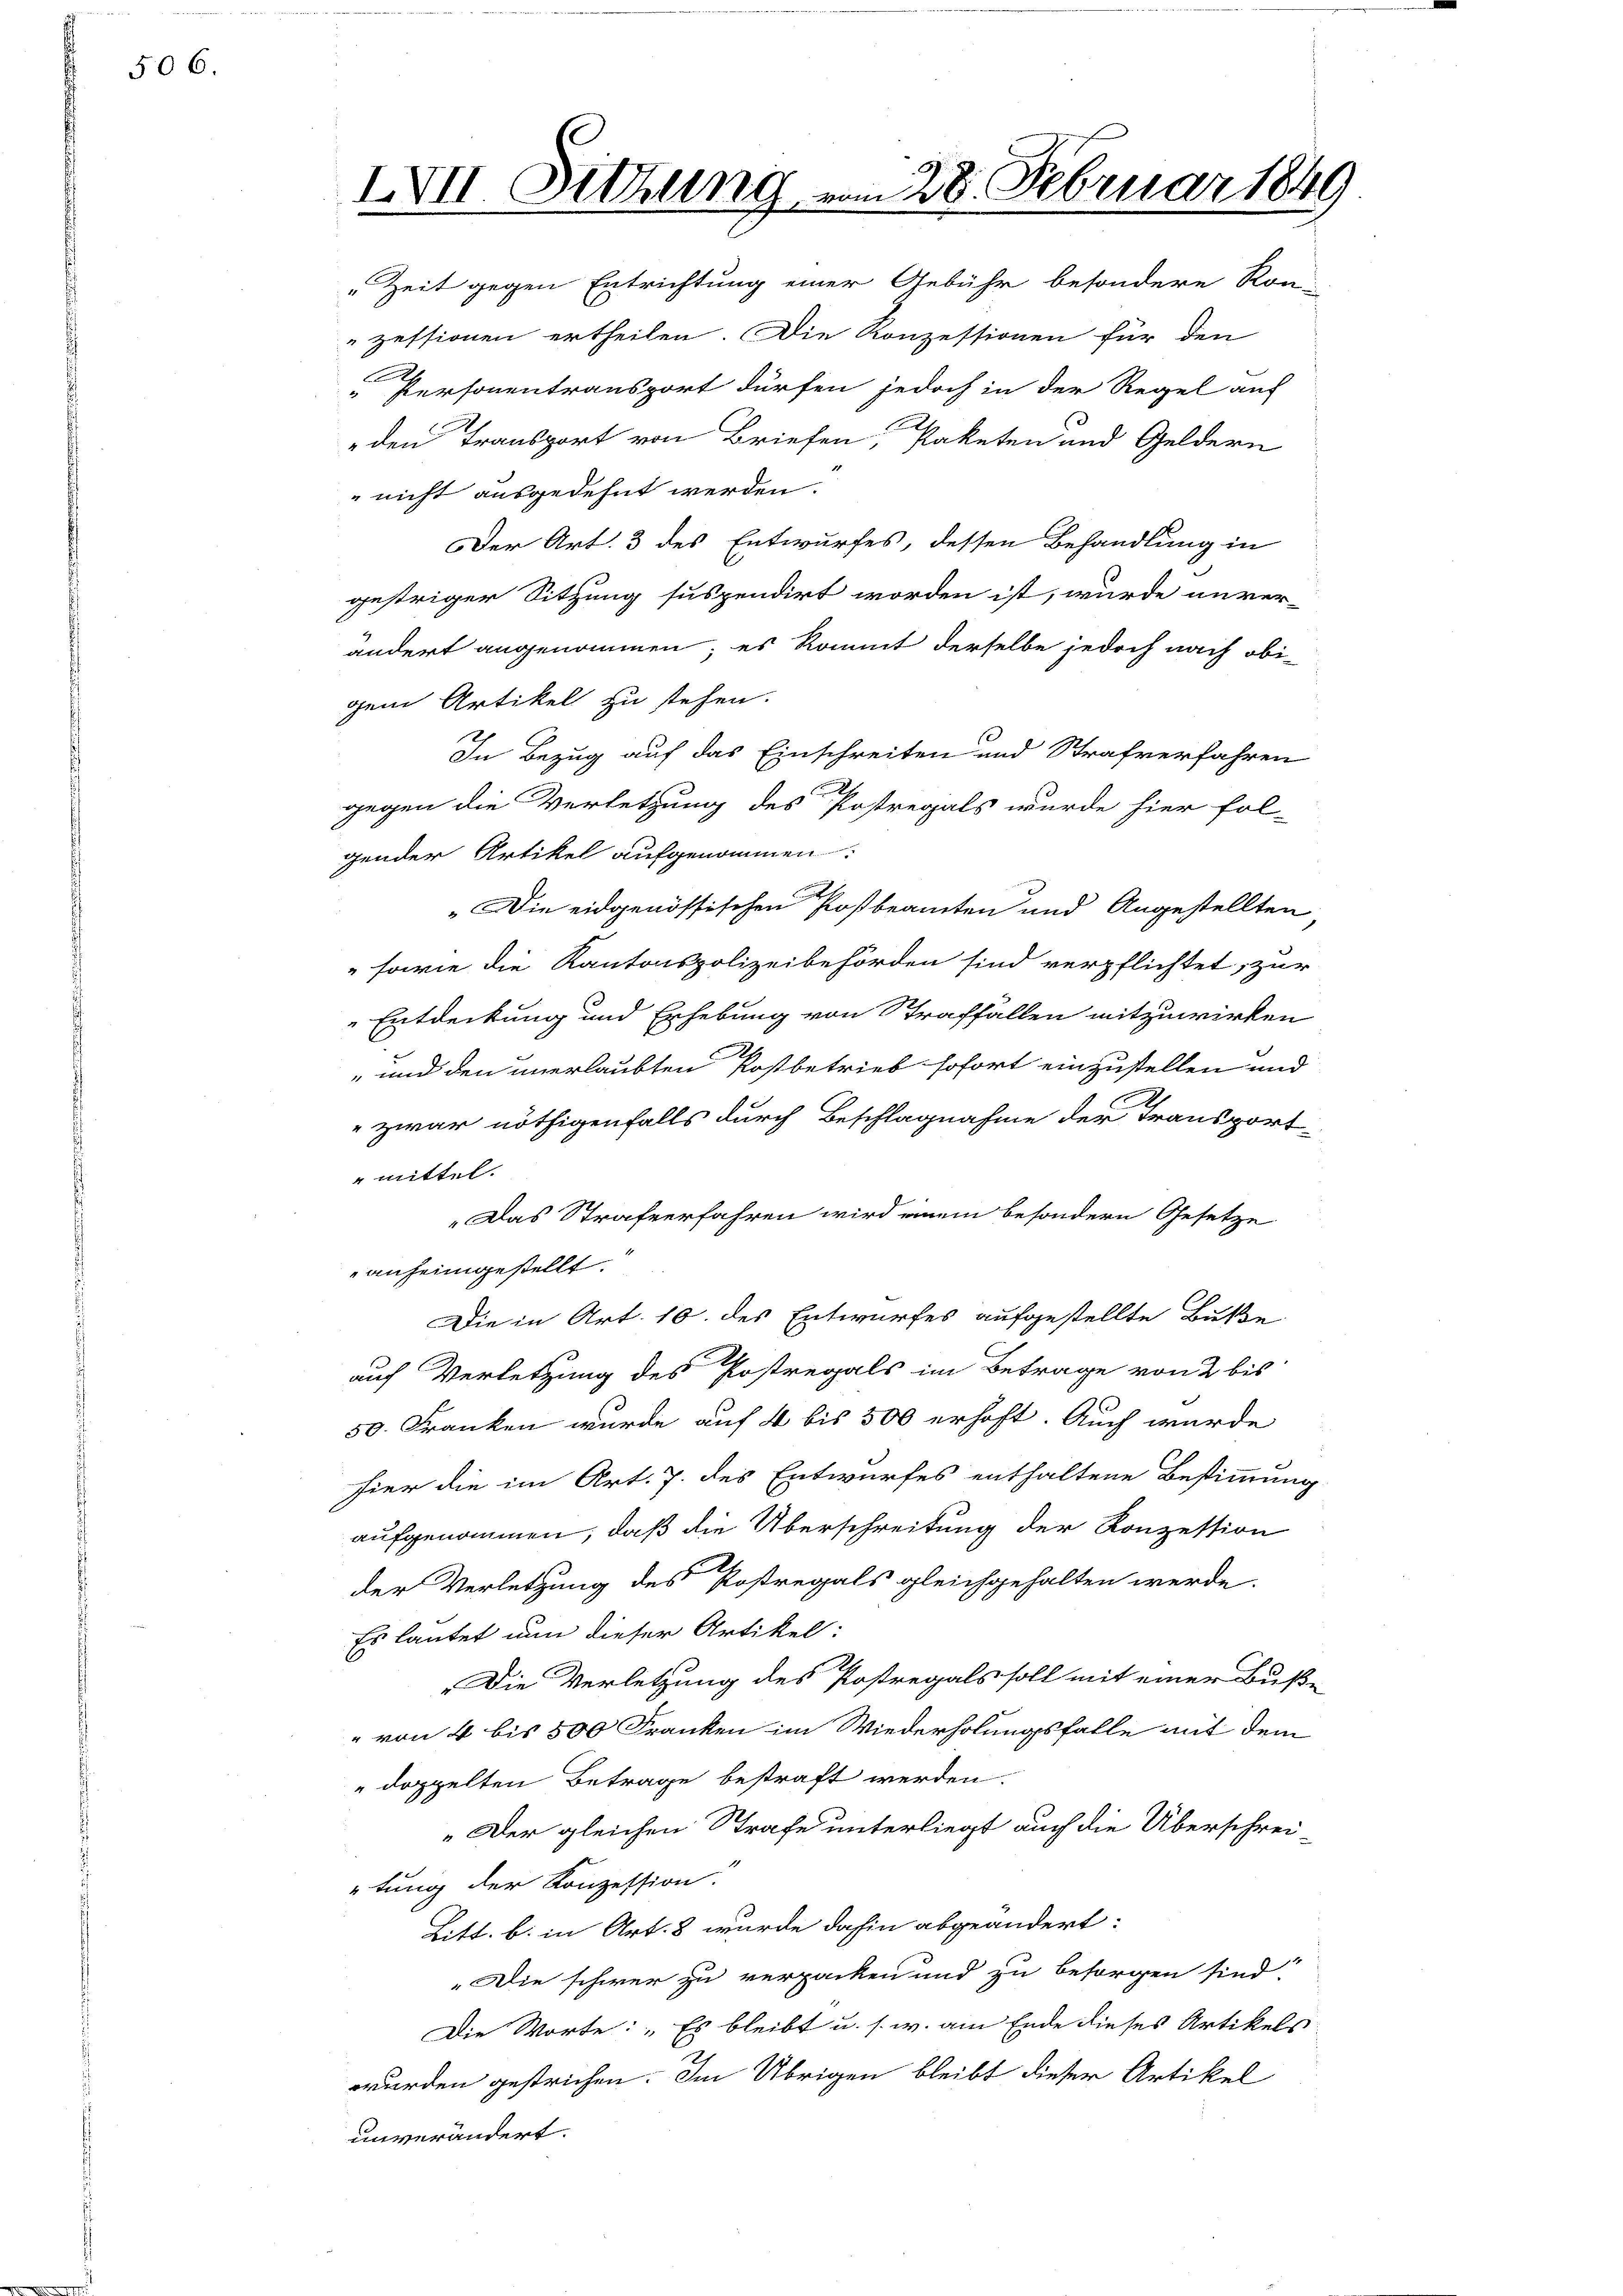
506.

IVII. Sitzung vom 28. Februar 1849

„Zeit gegen Entrichtung einer Gebühr besondere Kon-
zessionen ertheilen. Die Konzessionen für den
2
 Personentransport dürfen jedoch in der Regel auf
e
den Transport von Briefen, Paketen und Geldern
" nicht ausgedehnt werden.
Der Art. 3 des Entwurfes, dessen Behandlung in
gestriger Sitzung suspendirt worden ist, würde unver-
ändert angenommen; es kommt derselbe jedoch nach obigem Artikel zu stehen.
In Bezug auf das Einschreiten und Strafverfahren
.
gegen die Verletzung des Postregals wurde hier fol-
gender Artikel aufgenommen.
„Die eidgenössischen Postbeamten und Angestellten
sowie die Kantonspolizeibehörden sind verpflichtet, zur
Entdeckung und Erhebung von Straffällen mitzuwirken
" und den unerlaubten Postbetrieb sofort einzustellen und
zwar nöthigenfalls durch Beschlagnahme der Transport-
mittel.
„Das Strafverfahren wird einem besondern Gesetze
anheimgestellt.
Die in Art. 10. des Entwurfes aufgestellte Butte
auf Verletzung des Postregals im Betrage von 2 bis
50. Franken wurde auf 4 bis 500 erhoft. Auch wurde
hier die im Art. 7. des Entwurfes enthaltene Bestimmung
aufgenommen, daß die Überschreitung der Konzession
der Verletzung des Postregals gleichgehalten werde.
Es lautet nun dieser Artikel:
„Die Verletzung des Postregals soll mit einer Buße
" von 4 bis 500 Franken im Wiederholungsfalle mit dem
" doppelten Betrage bestraft werden.
„Der gleichen Strafe unterliegt auch die Überschrei-
tung der Konzession.
Litt. b. in Art. 8 wurde dahin abgeändert:
„Die schwer zu verpacken und zu besorgen sind.
Die Worte: „Es bleibt u. s. w. am Ende dieses Artikels
wurden gestrichen. Im Übrigen bleibt dieser Artikel
unverändert.